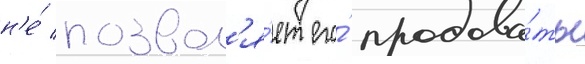
н'е́ позвол'я́ет его́ продава́ть